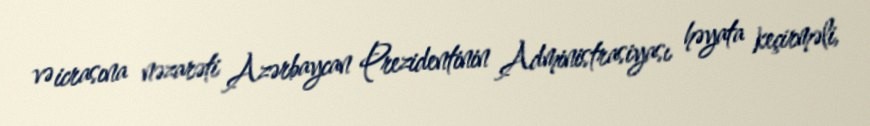
və icrasına nəzarəti Azərbaycan Prezidentinin Administrasiyası həyata keçirməli,